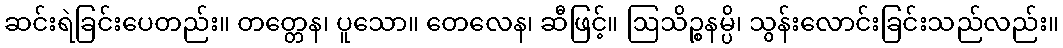
ဆင်းရဲခြင်းပေတည်း။ တတ္တေန၊ ပူသော။ တေလေန၊ ဆီဖြင့်။ ဩသိဉ္စနမ္ပိ၊ သွန်းလောင်းခြင်းသည်လည်း။